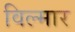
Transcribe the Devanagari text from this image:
विल्मार